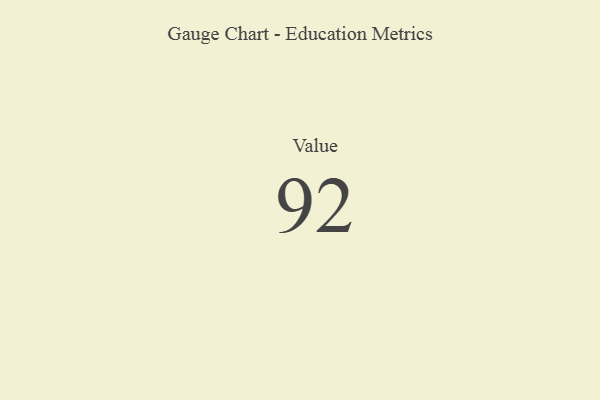
{"axis": {"x": "Metric", "y": "Value"}, "legend": [""], "data": [{"x": "Value", "y": 92, "type": ""}]}